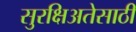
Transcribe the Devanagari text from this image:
सुरक्षिअतेसाठी